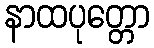
နာထပုတ္တော